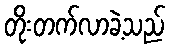
တိုးတက်လာခဲ့သည်